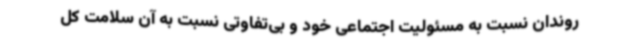
روندان نسبت به مسئولیت اجتماعی خود و بی‌تفاوتی نسبت به آن سلامت کل